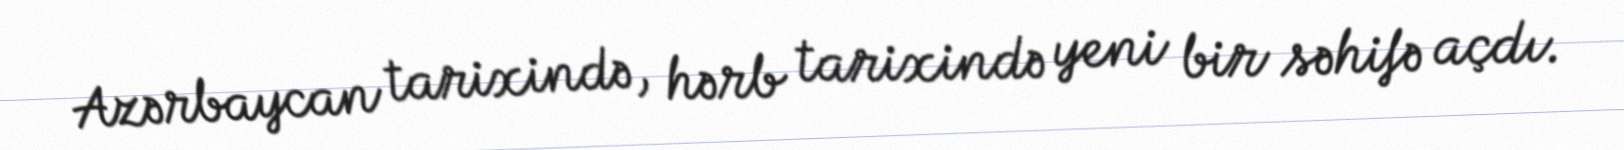
Azərbaycan tarixində, hərb tarixində yeni bir səhifə açdı.